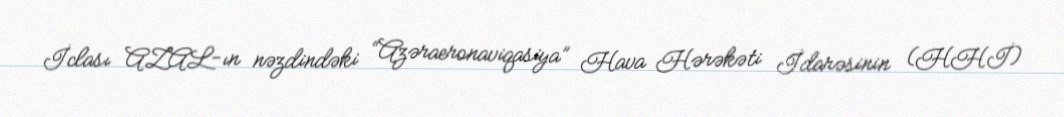
İclası AZAL-ın nəzdindəki “Azəraeronaviqasiya” Hava Hərəkəti İdarəsinin (HHİ)